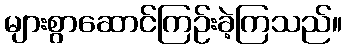
များစွာဆောင်ကြဉ်းခဲ့ကြသည်။